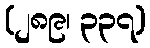
(၂၈၉၊ ၃၃၇)